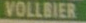
VOLLBISE